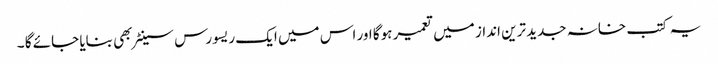
یہ کتب خانہ جدید ترین انداز میں تعمیر ہوگا اور اس میں ایک ریسورس سینٹر بھی بنایا جائے گا ۔